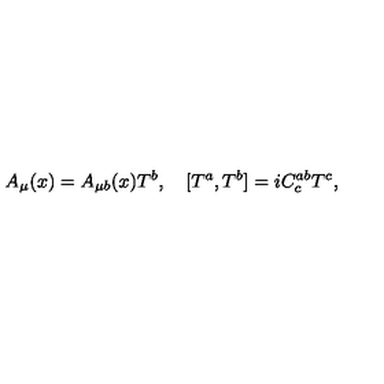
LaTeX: A _ { \mu } ( x ) = A _ { \mu b } ( x ) T ^ { b } , \quad [ T ^ { a } , T ^ { b } ] = i C _ { c } ^ { a b } T ^ { c } ,